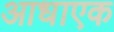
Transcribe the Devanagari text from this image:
आधाएक